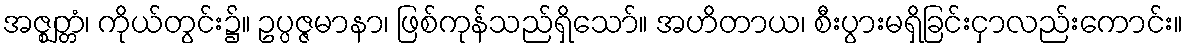
အဇ္ဈတ္တံ၊ ကိုယ်တွင်း၌။ ဥပ္ပဇ္ဇမာနာ၊ ဖြစ်ကုန်သည်ရှိသော်။ အဟိတာယ၊ စီးပွားမရှိခြင်းငှာလည်းကောင်း။